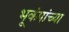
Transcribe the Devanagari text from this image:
भूकंपांच्या